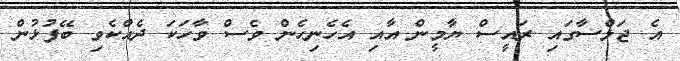
އެ ޖަލްސާގައި ރައީސް ޔާމީން އާއި އެހެނިހެން ވެސް ވާހަކަ ދެއްކެވި ބޭފުޅުން